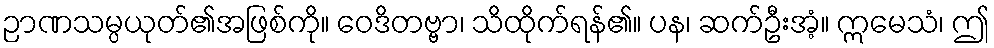
ဉာဏသမ္ပယုတ်၏အဖြစ်ကို။ ဝေဒိတဗ္ဗာ၊ သိထိုက်ရန်၏။ ပန၊ ဆက်ဦးအံ့။ ဣမေသံ၊ ဤ